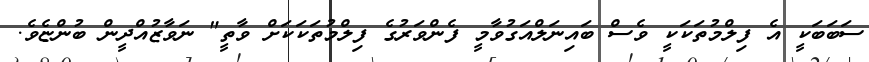
ސަބަބަކީ އެ ފިލްމުތަކަކީ ވެސް ބައިނަލްއަގުވާމީ ފެންވަރުގެ ފިލްމުތަކަކަށް ވާތީ" ނަވާޒުއްދީން ބުންޏެވެ.